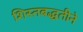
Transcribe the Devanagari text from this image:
शिस्तबद्धतीने